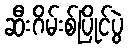
ဆီးဂိမ်းစ်ပြိုင်ပွဲ